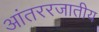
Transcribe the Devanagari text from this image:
आंतररजातीय